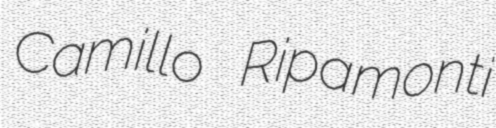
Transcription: Camillo Ripamonti